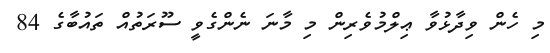
މި ހެން ވިދާޅުވާ ޢިލްމުވެރިން މި މާނަ ނެންގެވީ ސޫރަތުއް ތައުބާގެ 84